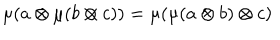
LaTeX: \mu ( a \otimes \mu ( b \otimes c ) ) = \mu ( \mu ( a \otimes b ) \otimes c )